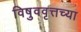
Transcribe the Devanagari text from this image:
विषुववृत्तच्या